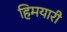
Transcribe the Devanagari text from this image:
हिमयारी